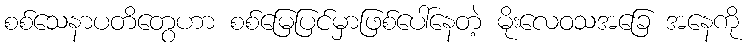
စစ်သေနာပတိတွေဟာ စစ်မြေပြင်မှာဖြစ်ပေါ်နေတဲ့ မိုးလေဝသအခြေ အနေကို